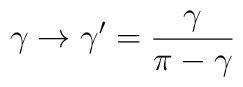
\gamma \to \gamma' =\frac{\gamma} {\pi - \gamma}